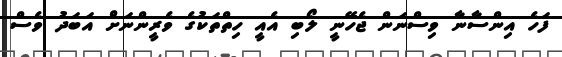
ފަހެ އިންސާނާ ވިސްނަން ޖެހޭނީ ލޯބި އެއީ ހިތްތަކުގެ ވެރީންނަށް އަބަދު ވެސް